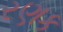
રણક